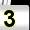
Digit: 3